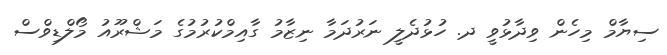
ސިޔާމް މިހެން ވިދާޅުވީ ދ. ހުޅުދެލީ ނަރުދަމާ ނިޒާމު ގާއިމްކުރުމުގެ މަޝްރޫއު މޯލްޑިވްސް